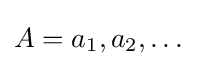
A=a_{1},a_{2},\dots